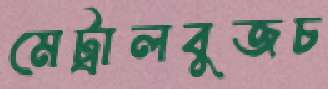
মেট্রালবুজচ